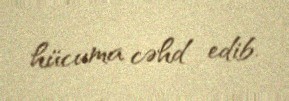
hücuma cəhd edib.